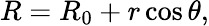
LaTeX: R=R_{0}+r\cos\theta,